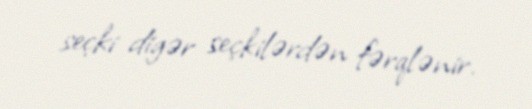
seçki digər seçkilərdən fərqlənir.